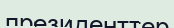
президенттер